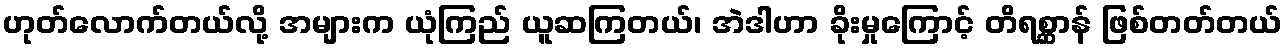
ဟုတ်လောက်တယ်လို့ အများက ယုံကြည် ယူဆကြတယ်၊ အဲဒါဟာ ခိုးမှုကြောင့် တိရစ္ဆာန် ဖြစ်တတ်တယ်